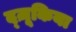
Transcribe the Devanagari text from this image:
द्ज़ूकिया